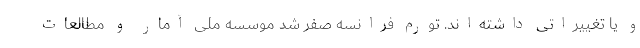
و یا تغییراتی داشته‌اند. تورم فرانسه صفر شد موسسه ملی آمار و مطالعات